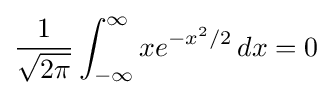
{\frac {1}{\sqrt {2\pi }}}\int _{-\infty }^{\infty }xe^{-x^{2}/2}\,dx=0